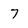
Character: 7